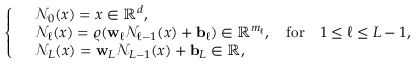
\begin{array} { r } { \left\{ \begin{array} { r l } & { \mathcal { N } _ { 0 } ( x ) = x \in \mathbb R ^ { d } , } \\ & { \mathcal { N } _ { \ell } ( x ) = \varrho ( \mathbf { w } _ { \ell } \mathcal { N } _ { \ell - 1 } ( x ) + \mathbf { b } _ { \ell } ) \in \mathbb R ^ { m _ { \ell } } , \quad { \mathrm { f o r } } \quad 1 \leq \ell \leq L - 1 , } \\ & { \mathcal { N } _ { L } ( x ) = \mathbf { w } _ { L } \mathcal { N } _ { L - 1 } ( x ) + \mathbf { b } _ { L } \in \mathbb R , } \end{array} \right. } \end{array}